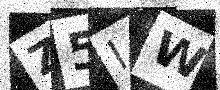
Text: Z5IW